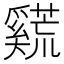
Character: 𪥣